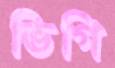
ভিগি